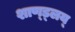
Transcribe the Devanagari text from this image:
शाण्ड्लय्